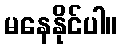
မနေနိုင်ပါ။